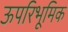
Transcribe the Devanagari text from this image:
ऊपरिभूमिक